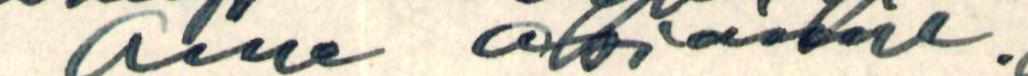
aina otsikoine.